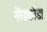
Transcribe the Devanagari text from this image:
नेरेडकोंडा